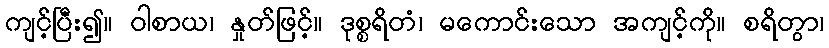
ကျင့်ပြီး၍။ ဝါစာယ၊ နှုတ်ဖြင့်။ ဒုစ္စရိတံ၊ မကောင်းသော အကျင့်ကို။ စရိတွာ၊